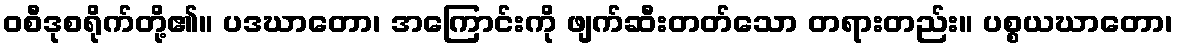
ဝစီဒုစရိုက်တို့၏။ ပဒဃာတော၊ အကြောင်းကို ဖျက်ဆီးတတ်သော တရားတည်း။ ပစ္စယဃာတော၊